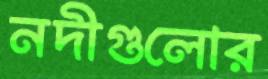
নদীগুলোর